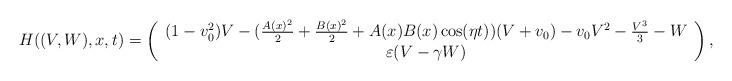
LaTeX: \begin{align*}H((V,W),x,t) = \left(\begin{array}{c}(1-v_0^2) V - (\frac{A(x)^2}{2}+\frac{B(x)^2}{2} + A(x) B(x) \cos(\eta t))(V+v_0) -v_0 V^2 - \frac{V^3}{3} - W\\\varepsilon(V - \gamma W)\end{array}\right),\end{align*}